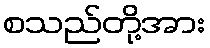
စသည်တို့အား